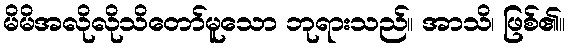
မိမိအလိုလိုသိတော်မူသော ဘုရားသည်။ အာသိ၊ ဖြစ်၏။